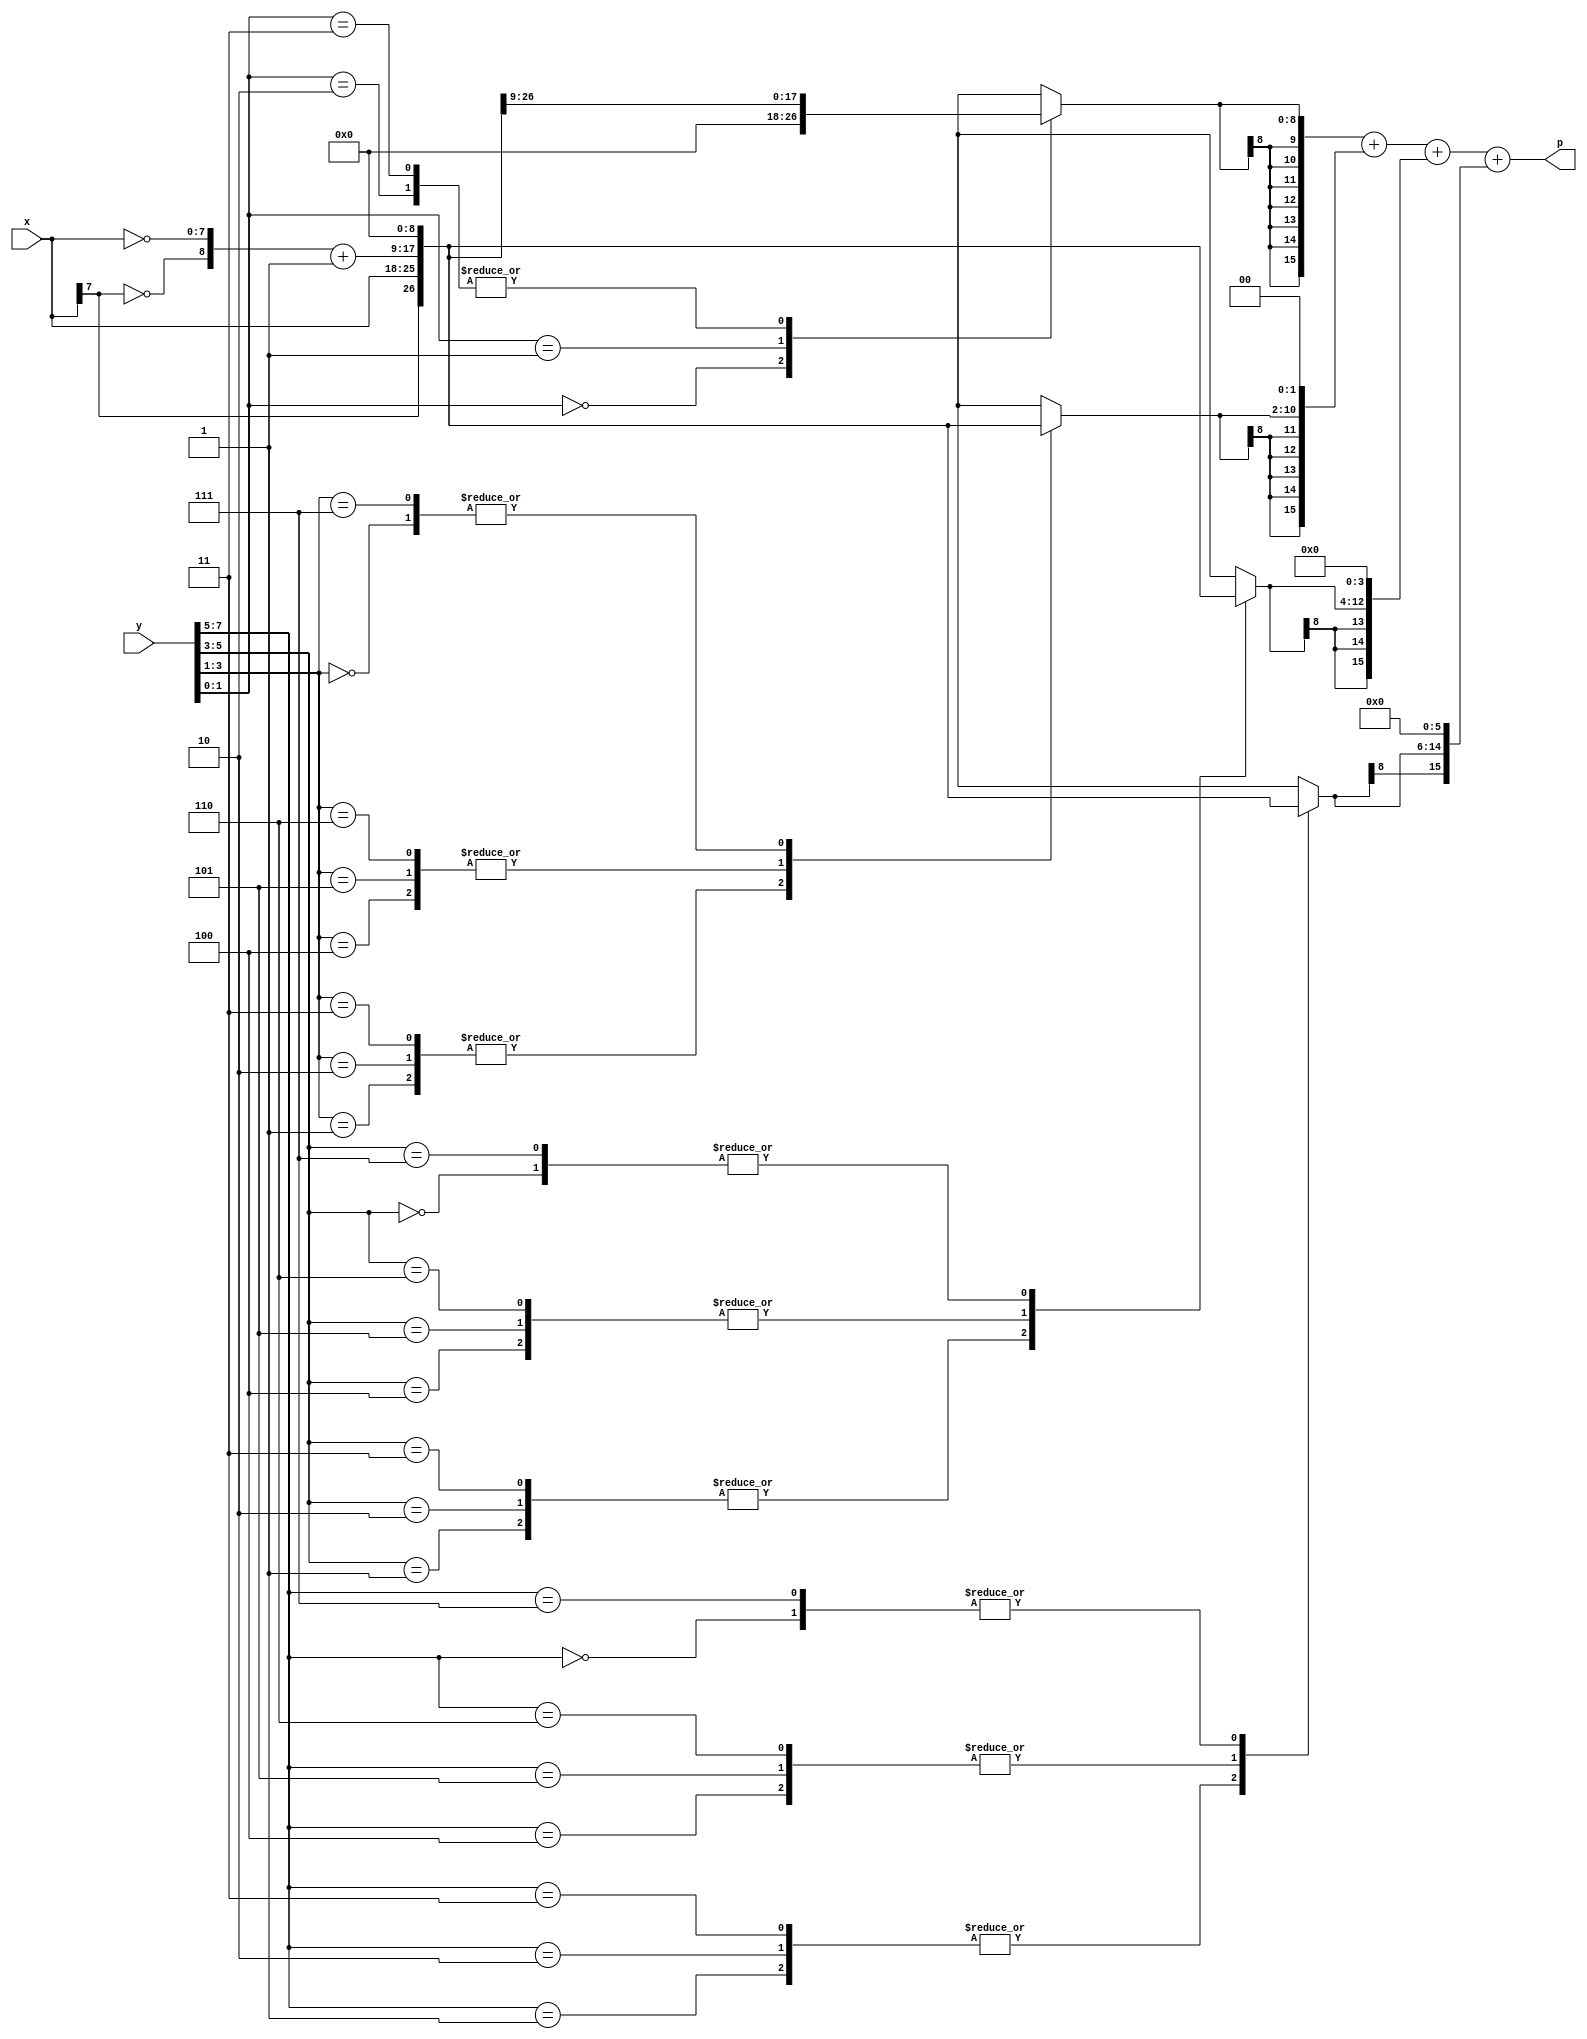
`timescale 1ns / 1ps
//////////////////////////////////////////////////////////////////////////////////
// Company: 
// Engineer: 
// 
// Design Name: 
// Project Name: 
// Target Devices: 
// Tool versions: 
// Description: 
//
// Dependencies: 
//
// Revision: 
// Revision 0.01 - File Created
// Additional Comments: 
//
//////////////////////////////////////////////////////////////////////////////////
`define width 8
`timescale 1ns/1ps
module booth_approximate (p, x, y);
parameter width= `width;
parameter    N = `width/2;
input [width-1:0]x, y;
output[width+width-1:0]p;

  reg [2:0] cc[N-1:0];
  reg [width:0] pp[N-1:0];
  reg [width+width-1:0] spp[N-1:0];
  reg [width+width-1:0] prod;
  wire [width:0] inv_x;
  integer kk,ii;
  
assign inv_x = {~x[width-1],~x}+1;

always @ (x or y or inv_x)
begin
/////////////main block operarion///
  cc[0] = {y[1],y[0],1'b0};
  for(kk=1;kk<N;kk=kk+1)
    cc[kk] = {y[2*kk+1],y[2*kk],y[2*kk-1]};
  for(kk=0;kk<N;kk=kk+1)
  ///// error correction block
  begin
    case(cc[kk])
	   3'b000  : pp[kk] = 0;
      3'b001  : pp[kk] = {x[width-1],x};
		3'b010  : pp[kk] = {x[width-1],x};
      3'b011  : pp[kk] = {x[width-1],x};
      3'b100  : pp[kk] = inv_x;
      3'b101  : pp[kk] = inv_x;
		3'b110  : pp[kk] = inv_x;
	   3'b111  : pp[kk] = 0;

    endcase
	 
    spp[kk] = $signed(pp[kk]);
    for(ii=0;ii<kk;ii=ii+1)
      spp[kk] = {spp[kk],2'b00}; //multiply by 2 to the power x or shifting operation
  end //for(kk=0;kk<N;kk=kk+1)
  prod = spp[0];
  for(kk=1;kk<N;kk=kk+1)
    prod = prod + spp[kk];
end
assign p = prod;
endmodule